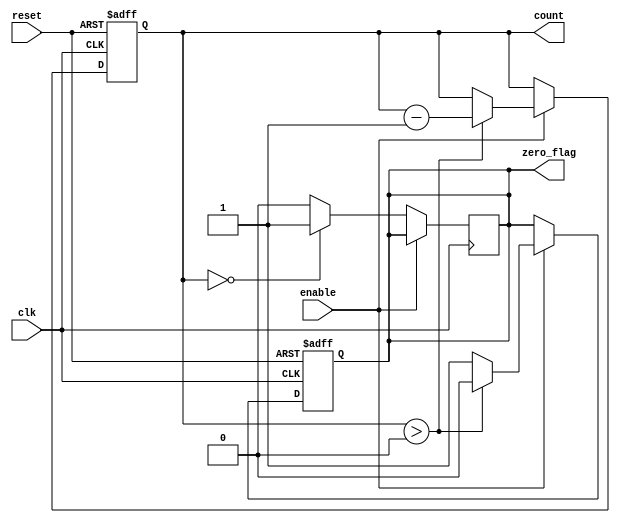
module MemoryBlocksDownCounter(
    input wire clk,           // Clock input
    input wire reset,         // Asynchronous reset input
    input wire enable,        // Enable counting input
    output reg [3:0] count,   // Current count output (4 bits)
    output reg zero_flag      // Zero flag output
);

// Initial value for the counter on reset
parameter INITIAL_VALUE = 4'd15;

// Always block for synchronous operations
always @(posedge clk or posedge reset) begin
    if (reset) begin
        // Reset the counter to the initial value
        count <= INITIAL_VALUE;
        zero_flag <= 1'b0; // Reset zero flag
    end else if (enable) begin
        // Decrement the counter
        if (count > 4'b0000) begin
            count <= count - 1;
            zero_flag <= 1'b0; // Clear zero flag as count is not zero
        end else begin
            zero_flag <= 1'b1; // Set zero flag when count reaches zero
        end
    end
end

// Always block to hold the count value when enable is low
always @(posedge clk) begin
    if (!enable) begin
        // If enable is low, hold the current count value
        zero_flag <= (count == 4'b0000) ? 1'b1 : 1'b0; // Update zero flag accordingly
    end
end

endmodule